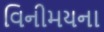
વિનીમયના